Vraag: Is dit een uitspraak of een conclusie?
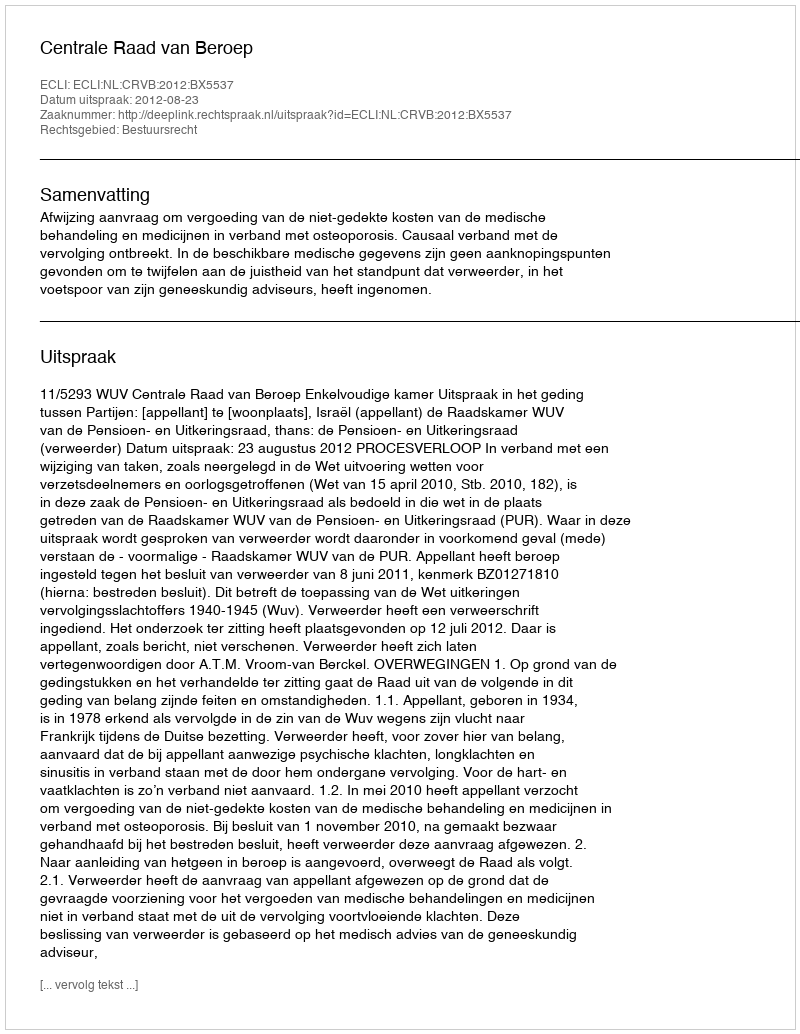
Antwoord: Uitspraak